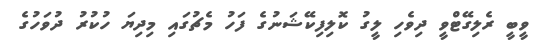
ވީބީ ރެލިގޭޓްވީ ދިވެހި ލީގު ކޮލިފިކޭޝަނުގެ ފަހު މެޗުގައި މިދިޔަ ހުކުރު ދުވަހުގެ